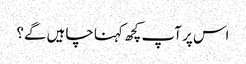
اس پر آپ کچھ کہنا چاہیں گے؟